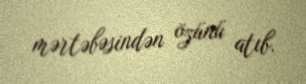
mərtəbəsindən özünü atıb.